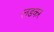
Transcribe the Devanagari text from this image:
लडकर